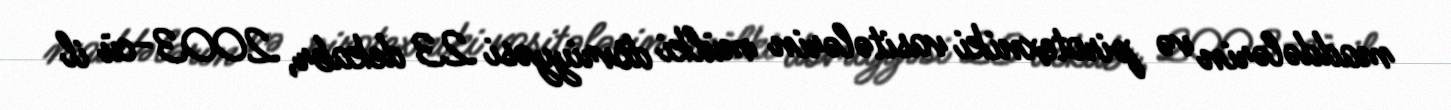
maddələrin və pirotexniki vasitələrin mülki dövriyyəsi 23 dekabr, 2003-cü il